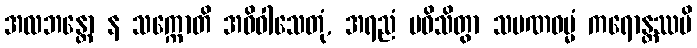
အလဘန္တော န သက္ကောတိ အဓိဝါသေတုံ, အရညံ ပဝိသိတွာ သမဏဓမ္မံ ကရောန္တဿပိ